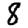
Digit: 8